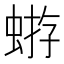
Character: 𧌕